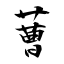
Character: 蓸